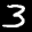
Label: 3